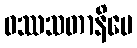
ဝဿသတာနိပေ